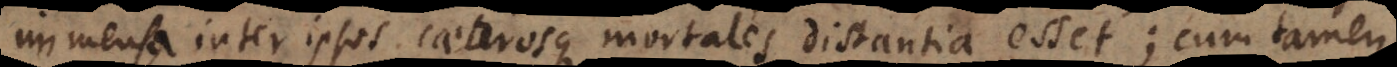
immensa inter ipsos caeterosque mortales distantia esset; cum tamen